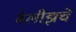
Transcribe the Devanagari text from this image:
बेलीझचे